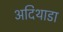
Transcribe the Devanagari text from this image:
अदिथाडा